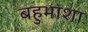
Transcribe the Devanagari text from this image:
बहुभाशा